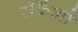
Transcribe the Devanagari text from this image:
रॉकैओ